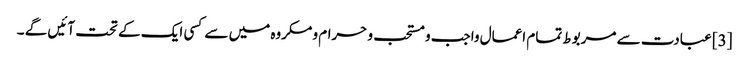
[3] عبادت سے مربوط تمام اعمال واجب و مستحب و حرام و مکروه میں سے کسی ایک کے تحت آئیں گے ۔